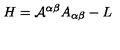
H = { \cal { A } } ^ { \alpha \beta } A _ { \alpha \beta } - L